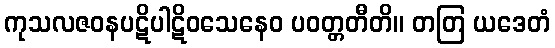
ကုသလဇဝနပဋိပါဋိဝသေနေဝ ပဝတ္တတီတိ။ တတြ ယဒေတံ